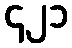
၄၂၁